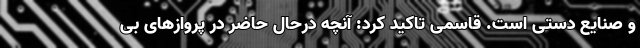
و صنایع دستی است. قاسمی تاکید کرد: آنچه درحال حاضر در پروازهای بی